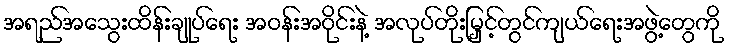
အရည်အသွေးထိန်းချုပ်ရေး အဝန်းအဝိုင်းနဲ့ အလုပ်တိုးမြှင့်တွင်ကျယ်ရေးအဖွဲ့တွေကို